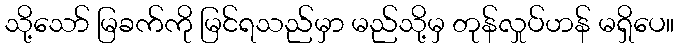
သို့သော် မြခက်ကို မြင်ရသည်မှာ မည်သို့မှ တုန်လှုပ်ဟန် မရှိပေ။